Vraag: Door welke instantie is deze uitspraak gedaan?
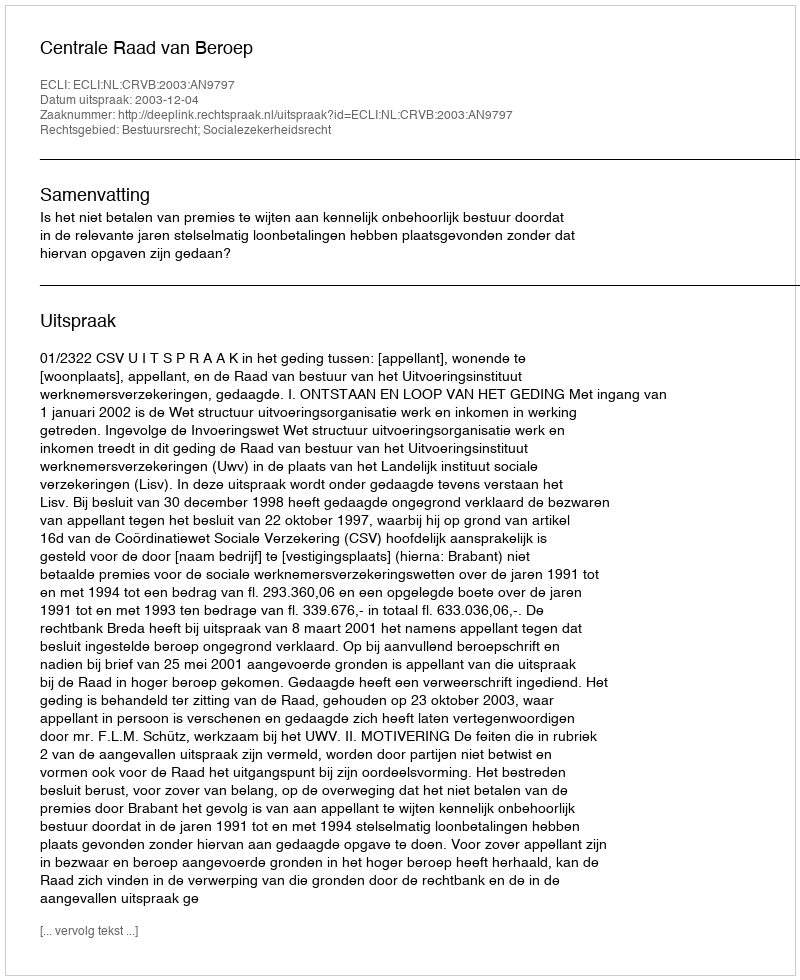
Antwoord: Centrale Raad van Beroep